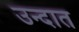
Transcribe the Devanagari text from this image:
उन्दात